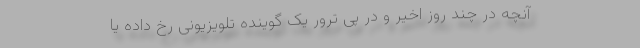
آنچه در چند روز اخیر و در پی ترور یک گوینده تلویزیونی رخ داده یا